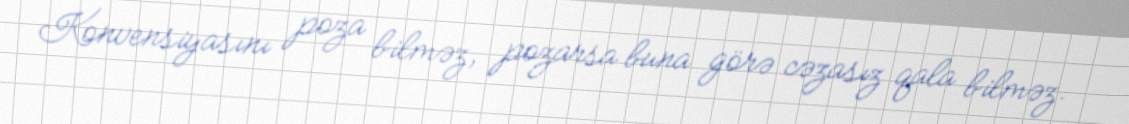
Konvensiyasını poza bilməz, pozarsa buna görə cəzasız qala bilməz.